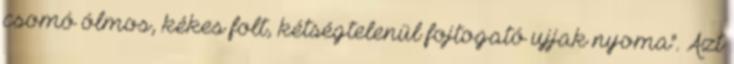
csomó ólmos, kékes folt, kétségtelenül fojtogató ujjak nyoma". Azt